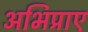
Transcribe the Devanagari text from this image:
अभिप्राए